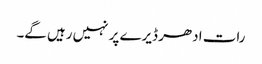
رات ادھر ڈیرے پر نہیں رہیں گے۔